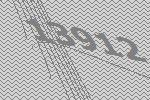
13912